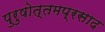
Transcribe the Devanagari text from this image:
पुरुषोत्तमप्रसाद